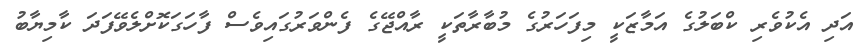
އަދި އެކުވެރި ކްބަލުގެ އަމާޒަކީ މިފަހަރުގެ މުބާރާތަކީ ރާއްޖޭގެ ފެންވަރުގައިވެސް ފާހަގަކޮށްލެވޭފަދަ ކާމިޔާބު